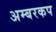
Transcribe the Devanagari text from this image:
अम्बरकप